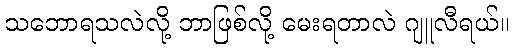
သဘောရသလဲလို့ ဘာဖြစ်လို့ မေးရတာလဲ ဂျူလီရယ်။